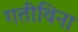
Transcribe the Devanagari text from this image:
गतीविना